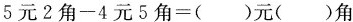
$$5 元 2 角 - 4 元 5 角 = ( ) 元 ( ) 角$$